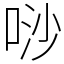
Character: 唦